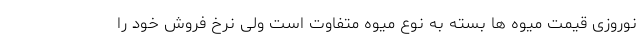
نوروزی قیمت میوه ها بسته به نوع میوه متفاوت است ولی نرخ فروش خود را